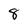
Character: 8